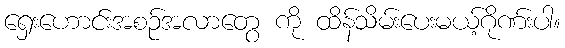
ရှေးဟောင်းအစဉ်အလာတွေ ကို ထိန်သိမ်းပေးမယ့်ဂိုဏ်းပါ။